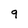
Character: 9